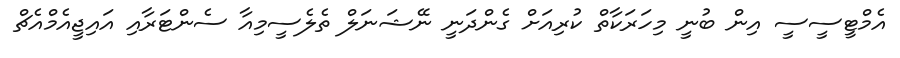
އެމްޓީސީސީ އިން ބުނީ މިހަރަކާތް ކުރިއަށް ގެންދަނީ ނޭޝަނަލް ތެލެސީމިއާ ސެންޓަރާއި އައިޖީއެމްއެޗް